Vaimela_(Pragi)_vallavalitsus, lk 134
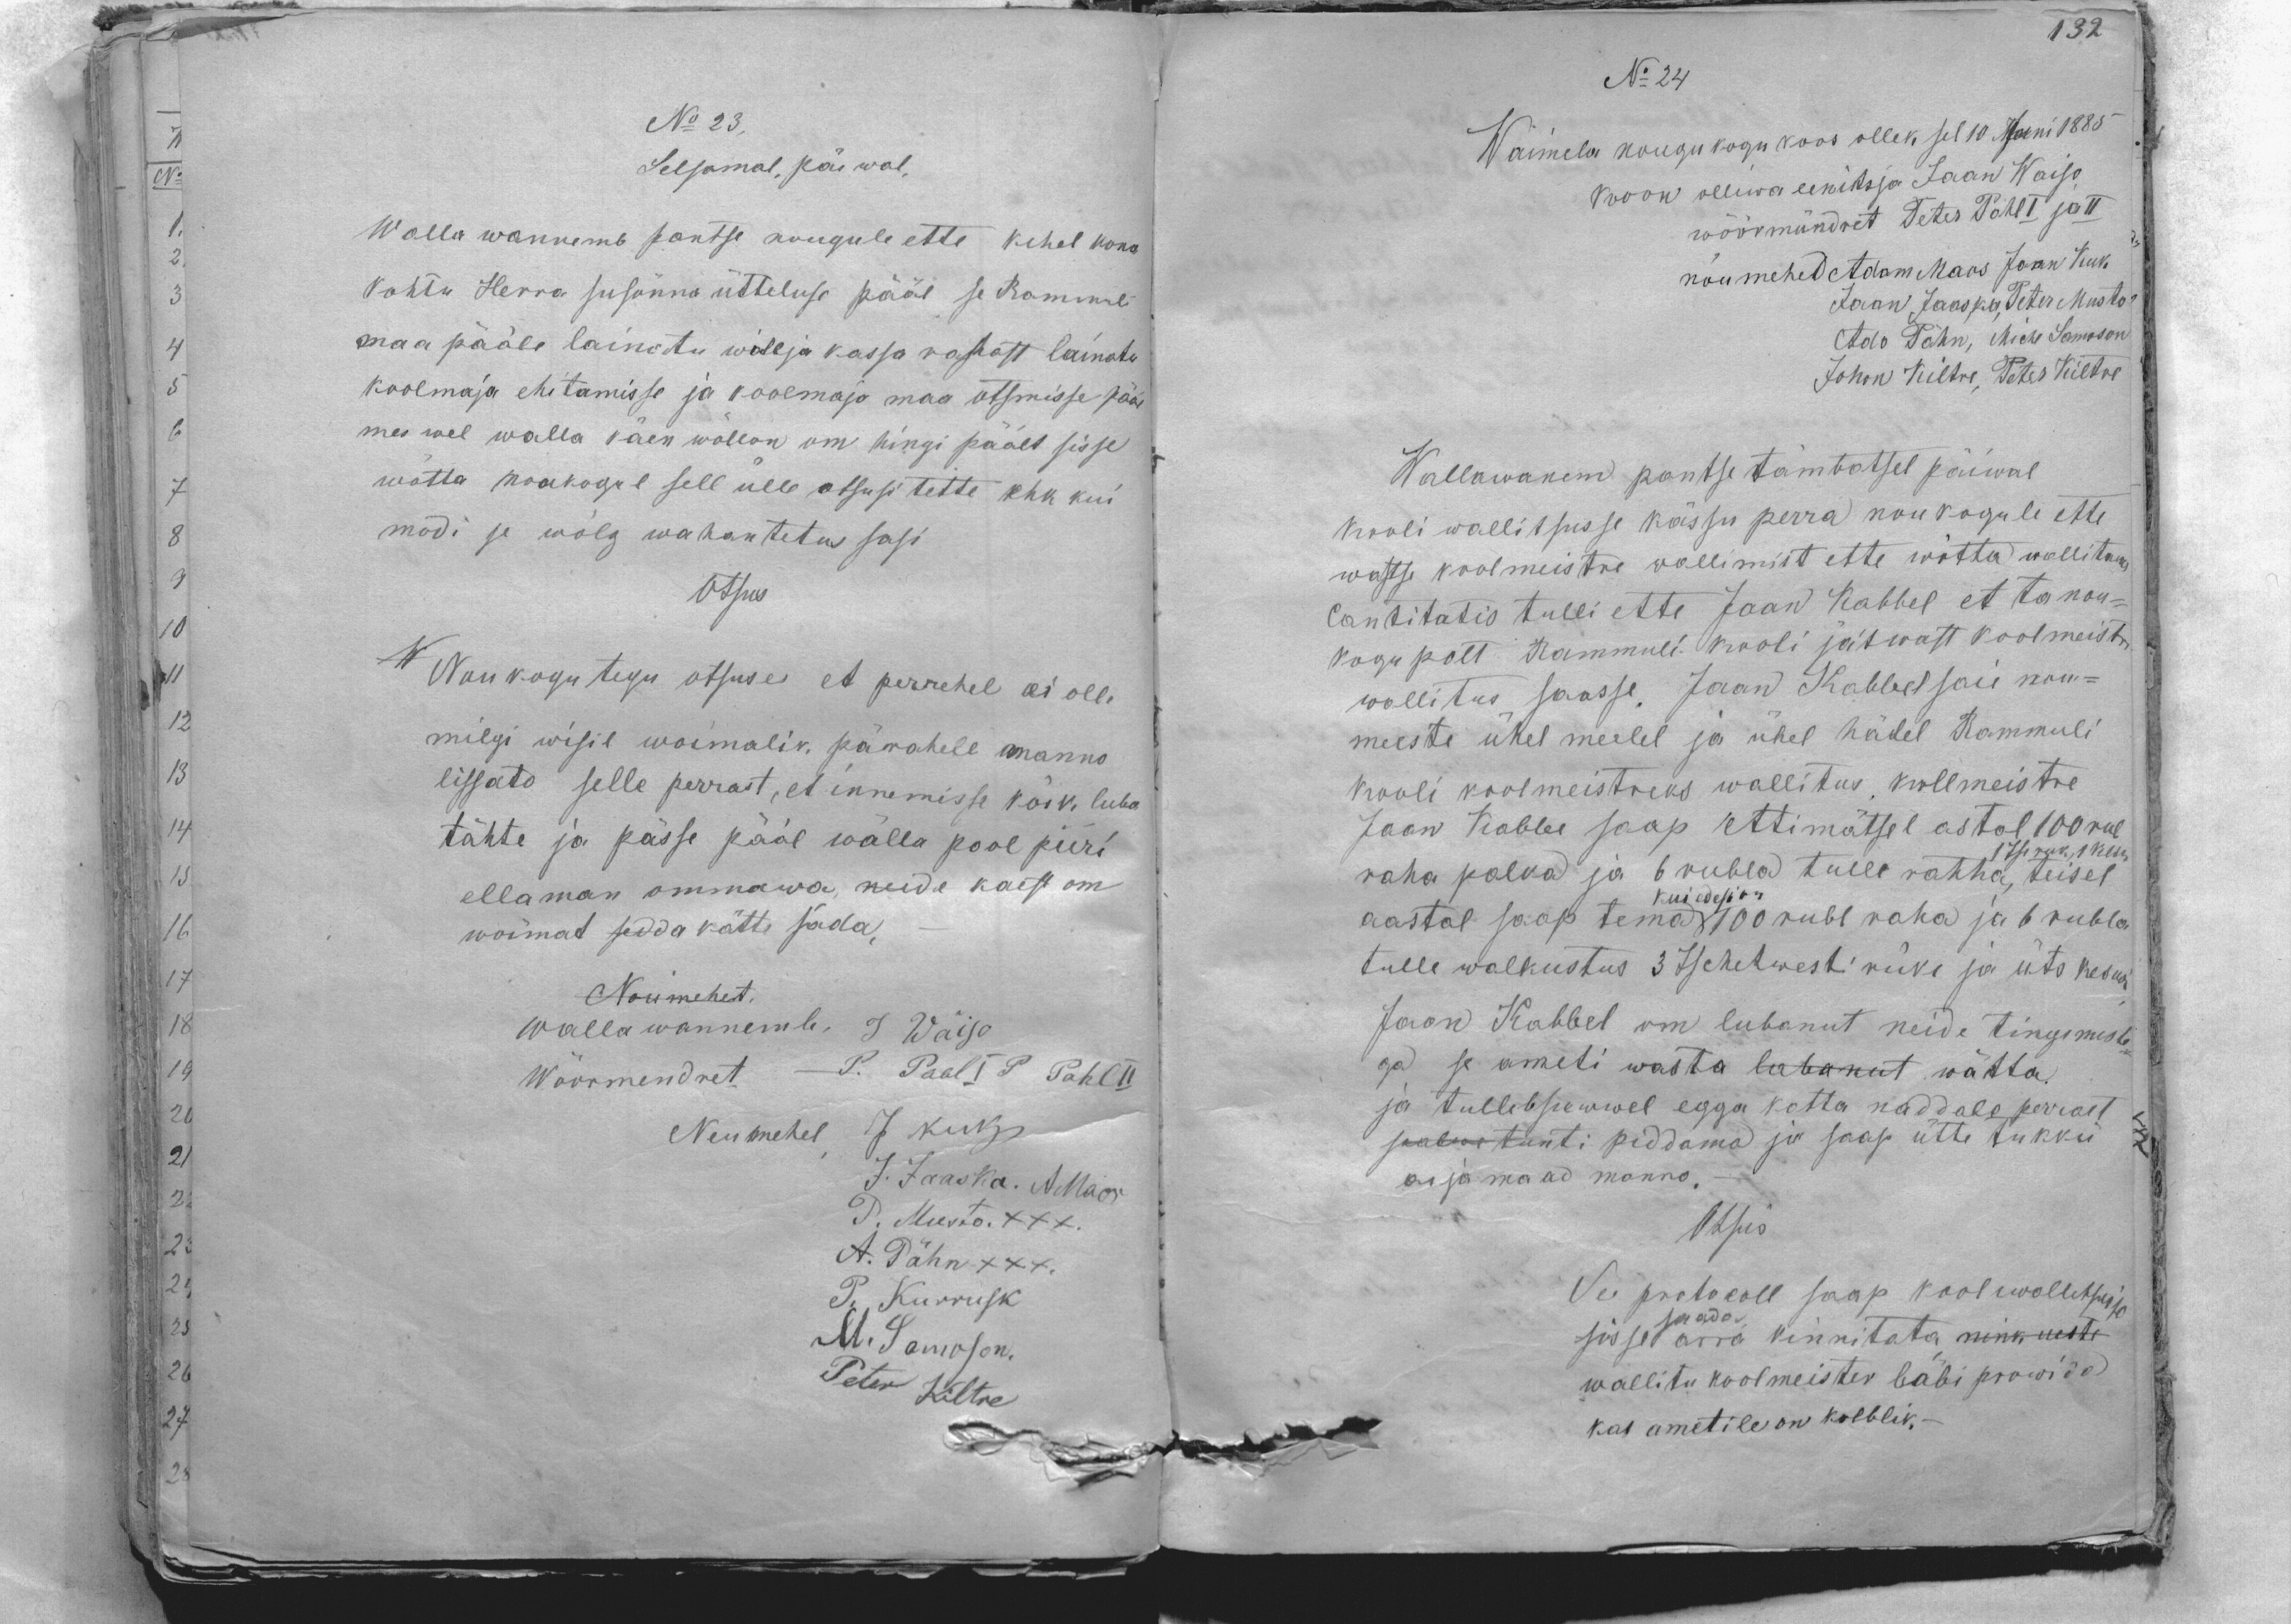
No 23.
Selsamal, päewal,
Walla wannemb pantse nougule ette kihel kona
Kohtu Herra susõnna ütteluse pääl se Rommuli
maa pääle lainotu willja kassa rahast lainatu
koolmaja ehitamisse ja koolmaja maa otsmisse pääl
mes weel walla käen wallan om hingi päält sisse
wõtta maakogul sell ülle otsusi tette ehk kui
modi se wõlg wahantetus sasi
Otsus
Noukogu tegu otsuse et perrehel ei olle
milgi wisil woimalik, pärahele manno
lissato selle perrast, et ennemisse kõik luba
tähte ja pässe pääl walla pool piiri
ellaman ommawa, neide käest om
wõimat sedda kätte sada.
Noumehet.
wallawannemb, J. Wäiso
Wöörmendret - P. Paal I P Pahl II
Neumehel J Kuk
J. Jaaska. A Maos
P. Musto XXX
A. Pähn XXX
P. Kurrusk
M. Samoson
Peter Kiltre

No 24
Wäimela nougukogu koos ollek sel 10 Juni 1885.
koon olliwa eenitsja Jaan Waiso
wöörmündret Peter Pahl I ja II
nõu mehed Adam Maos Jaan Kuk
Jaan Jaaska Peter Musto
Ado Pähn, Michel Samoson
Johan Kiltre, Peter Kiltre
Wallawanem pantse tämbatsel päiwal
kooli walitsusse kässu perra noukogule ette
wastse koolmeistri wallimist ette wõtta wallitakse
cantitatis tulli ette Jaan Kabbel et ta nou-
kogu polt Rammuli kooli jätwast koolmeistri
wollitus saasse. Jaan Kabbel saie nou-
meeste ühel meelel ja ühel hälel Rammuli
kooli koolmeistriks wallitus, kollmeistre
Jaan Kabbe saap ettimätsel astal 100 rubl
1 Tse ruk, 1 kesw
raha palka ja 6 rubla tulle rahha, teisel
Kui edesi on
aastal saap tema 100 rubl raha ja 6 rubla
tule walkustus 3 Tschetwerti ruki ja üts keswi
Jaan Kabbel om lubanut neide tingimiste-
ga se ameti wasta lubanut wõtta.
ja tulleb suwwel egga kotta naddala perrast
palwe tunti piddama ja saap ütte tukku
asja maad manno,
Otsus
See protokoll saap koolwallitseja
saada.
sis se ärra kinnitata nink nuste
wallitu koolmeister läbi prowida
kas ametile on kolblik.